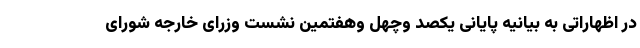
در اظهاراتی به بیانیه پایانی یکصد وچهل وهفتمین نشست وزرای خارجه شورای